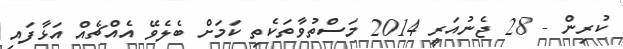
ކުރިން - 28 ޖެނުއަރީ 2014 މަސްތުވާތަކެތި ކަމަށް ބެލެވޭ އެއްޗެއް އަޅާފައި